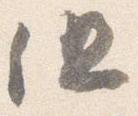
但